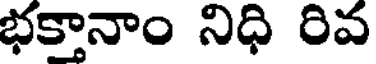
భక్తానాం నిధి రివ